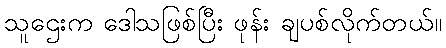
သူဌေးက ဒေါသဖြစ်ပြီး ဖုန်း ချပစ်လိုက်တယ်။